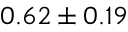
0 . 6 2 \pm 0 . 1 9